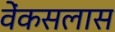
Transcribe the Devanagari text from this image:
वेंकसलास